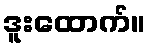
ဒူးထောက်။